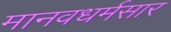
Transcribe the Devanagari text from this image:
मानवधर्मसार